Lunatic asylums United Prov. 1922-30 - 1922-1930
Year: 1922
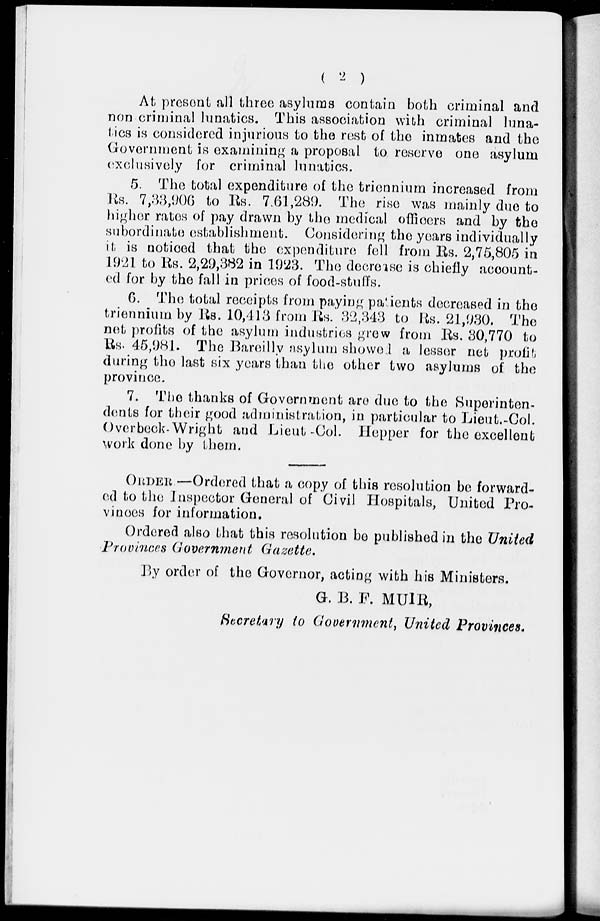
(
2
)
At present all three asylums contain both criminal and
non criminal lunatics. This association with criminal luna-
tics is considered injurious to the rest of the inmates and the
Government is examining a proposal to reserve one asylum
exclusively for criminal lunatics.
5. The total expenditure of the triennium increased from
Rs. 7,33,906 to Rs. 7,61,289. The rise was mainly due to
higher rates of pay drawn by the medical officers and by the
subordinate establishment. Considering the years individually
it is noticed that the expenditure fell from Rs. 2,75,805 in
1921 to Rs. 2,29,382 in 1923. The decrease is chiefly account-
ed for by the fall in prices of food-stuffs.
6. The total receipts from paying patients decreased in the
triennium by Rs. 10,413 from Rs. 32,343 to Rs. 21,930. The
net profits of the asylum industries grew from Rs. 30,770 to
Rs. 45,981. The Bareilly asylum showed a lesser net profit
during the last six years than the other two asylums of the
province.
7. The thanks of Government are due to the Superinten-
dents for their good administration, in particular to Lieut.-Col.
Overbeck-Wright and Lieut-Col. Hopper for the excellent
work done by them.
ORDER—Ordered that a copy of this resolution be forward-
ed to the Inspector General of Civil Hospitals, United Pro-
vinces for information.
Ordered also that this resolution be published in the United
Provinces Government Gazette.
By order of the Governor, acting with his Ministers.
G. B. F. MUIR,
Secretary to Government, United Provinces.